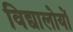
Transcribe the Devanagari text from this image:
विद्यालोयों